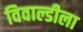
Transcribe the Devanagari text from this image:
विवाल्डीला